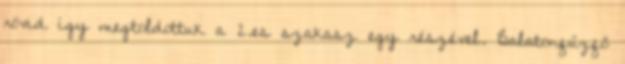
rövid így megtoldottuk a 2.es szakasz egy részével. Balatonfűzfő